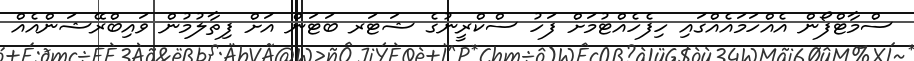
ސްމާޓްފޯން އެއްހަމައެއްގައި ހިފެހެއްޓުމަށް ފަހު ސްކްރީނުގެ ޝަޓަރ ބަޓަން އަށް ފިތާލުމުން ވައިބްރޭޝަންއެއް